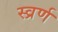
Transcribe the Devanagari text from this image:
स्व्रर्ण